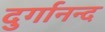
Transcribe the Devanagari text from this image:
दुर्गानन्द